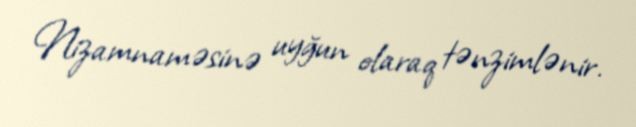
Nizamnaməsinə uyğun olaraq tənzimlənir.